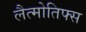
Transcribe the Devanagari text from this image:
लैत्मोतिफ्स